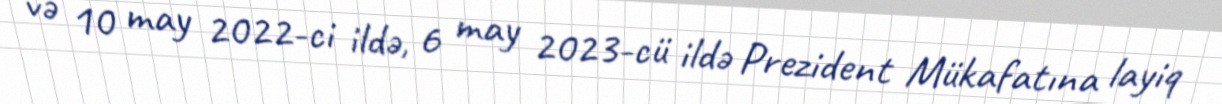
və 10 may 2022-ci ildə, 6 may 2023-cü ildə Prezident Mükafatına layiq